Medical and sanitary report of the native army of Madras for the year
Year: 1875
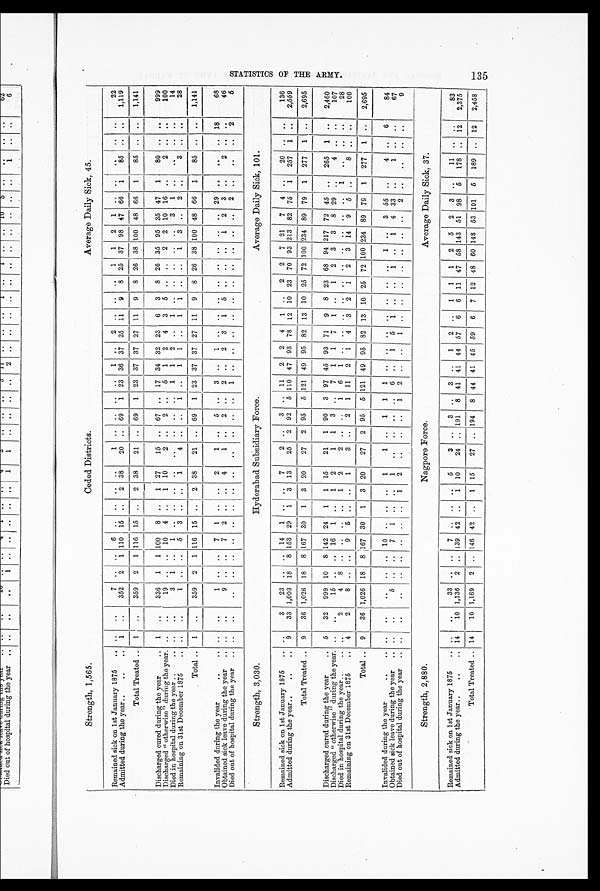
Strength, 1,565.
Ceded Districts.
Average Daily Sick, 45.
Remained sick on 1st January 1875
.. ..
..
7
6 .. .. .
..
1
1
2
1 1 2 1
22
Admitted during the year..
..
. . 1 ..
352 2 1 110 15 ..
2 38
20 .. 69 1 23 36 37 25 11 9 8 25 37 98 47 66 1
85 .. ..
1,119
Total Treated . . 1
..
359 2 1 116 15 .. 2 38
21 .. 69 1 23 37 37 27 11 9 8 26 38 100 48 66 1
85 .. ..
1,141
Discharged cured during the year
.. 1
..
336 1 1 100 8 ..
1 27
15 .. 67 .. 17 34 32 23 6 3 8 26 35 95 35 47 1
80 ..
999
Discharged "otherwise" during the year. ..
..
19 .. .. 10 4 ..
1 10
2 ..
2 ..
5 1 2 4 3 5 .. ..
2 2 10 16 ..
2 .. ..
100
Died in hospital during the year ..
.. ..
. 3
1
1
1 1 2 ..
1 .........
3 1
14
Remaining on 31st December 1875
.. .. ..
1 .. .. 5 3 .. ..
1
4 .. ..
1 ..
1 1 ..
1
1 .. ..
1 3 ..
2 .. 3
28
Total .. 1
..
359 2 1 116 15 ..
2 38
21 . . 69 1 23 37 37 27 11 9 8 26 38 100 48 66 1
85 .. ..
1,141
Invalided during the year
...
.. ..
..
1 .. ..
7 1 .. ..
2
1 ..
5 ..
3 ..
1
29
18
68
Obtained sick leave during the year .. ..
..
9 .. ..
7 2 .. .. 4
1 ..
2 ..
2 ..
2 3 1 5 .. .. ..
1 2 3 .. 2
46
Died out of hospital during the year .. ..
..
..
.. .. .. .. .. .. ..
..
.. .. ..
1 .. .. .. .. .. .. .. .. .. ..
2
2
5
Strength, 3,030.
Hyderabad Subsidiary Force.
Average Daily Sick, 101.
Remained sick on 1st January 1875
.. ..
3
23 .. .
14 1 .
.
7
2 .
3 .. 11 2 2 4 1 .
2 2 7 21 7 4 ..
20 .. ..
136
Admitted during the year..
..
.. 9
33 1,003 18 8 153 29 1 3 13
25 2 92 5 110 47 93 78 12 10 23 70 93 213 82 75 1 257 1 . .
2,559
Total Treated .. 9
36 1,026 18 8 167 30 1 3 20
27 2 95 5 121 49 95 82 13 10 25 72 100 234 89 79 1 277 1 ..
2,695
Discharged cured during the year
.. 5
32 999 10 8 142 24 1 1 15
21
1 90 3 97 45 93 71 9 8 23 68 94 217 72 45 ..
265 1 ..
2,460
Discharged "otherwise" during the year. ..
..
15 .. .. 16 1 ..
1 2
1
1 3 ..
7 1 1 7 1 ..
1 2 3 3 8 29 .
4
107
Died in hospital during the year ..
..
2
4 8 .. .. . . ..
1 2 2
1 6 1
1
28
Remaining on 31st December 1875
.. 4
2
8 .. ..
9 5 .. ..
1
3 ..
2 1 11 2 1 4 3 2 1 2 3 14 9 5 ..
8 .. ..
100
Total .. 9
36 1,026 18 8 167 30 1 3 20
27 2 95 5 121 49 95 82 13 10 25 72 100 234 89 79 1 277 1 ..
2,695
Invalided during the year
..
. . . . . .
. .
.. . . 10 .. .. ..
1
1 ..
1 1 1
1 ..
3 55 ..
4 ..
6
84
Obtained sick leave during the year .. ..
..
5 .. ..
7 1 .. ..
1
..
.. .. ..
6 ..
1 5 1 .. ..
1 ..
1 4 33 ..
1 .. ..
67
Died out of hospital during the year .. ..
..
..
.. .. .. .. ..
1 2
..
.. ..
1 2 .. ..
1 .. .. .. .. .. .. ..
2
9
Strength, 2,880.
Nagpore Force.
Average Daily Sick, 37.
Remained sick on 1st January 1875
.. ..
..
33 .. .. 7
.. .. 5
3 ..
3 ..
3 ..
1 2 ..
1 1 1 2 5 2 3 ..
11
83
Admitted during the year..
..
. 14
10 1,136 2 .. 139 42 ..
1 10
24 . 191 8 41 41 44 57 6 6 11 47 58 143 51 98 5 178
..
12
2,375
Total Treated .. 14
10 1,169 2 .. 146 42 ..
1 15
27 .. 194 8 44 41 45 59 6 7 12 48 60 148 53 101 5 189 .. 12
2,458
135